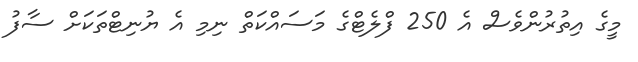
މީގެ އިތުރުންވެސް އެ 250 ފްލެޓްގެ މަސައްކަތް ނިމި އެ ޔުނިޓްތަކަށް ސާފު